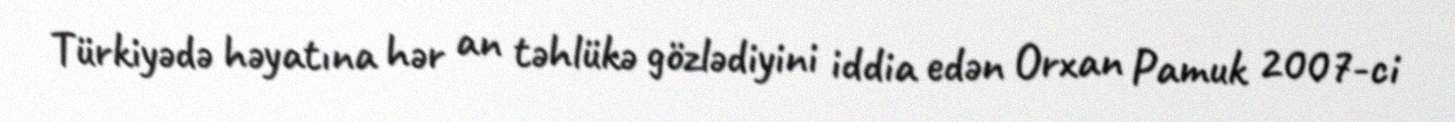
Türkiyədə həyatına hər an təhlükə gözlədiyini iddia edən Orxan Pamuk 2007-ci